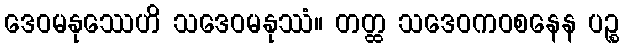
ဒေဝမနုဿေဟိ သဒေဝမနုဿံ။ တတ္ထ သဒေဝကဝစနေန ပဉ္စ